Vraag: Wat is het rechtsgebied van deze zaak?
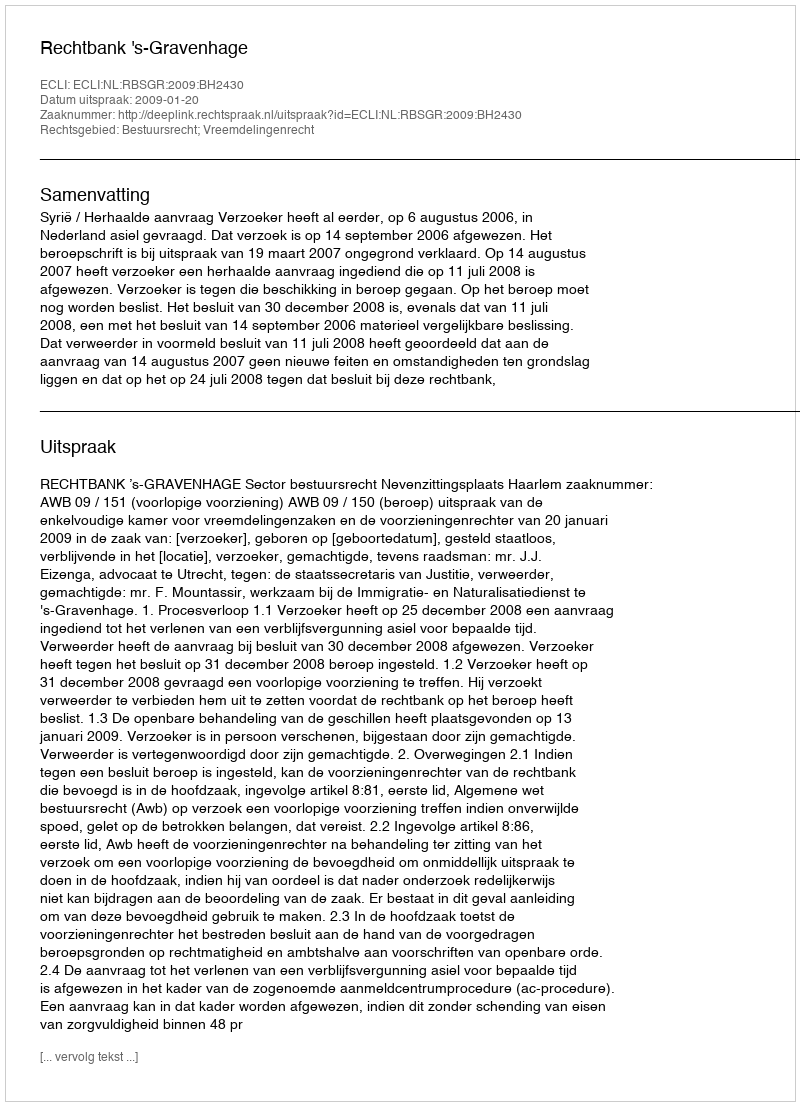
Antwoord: Bestuursrecht; Vreemdelingenrecht